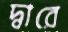
দ্বারে